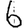
Digit: 6